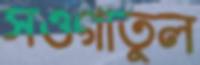
সওগাতুল